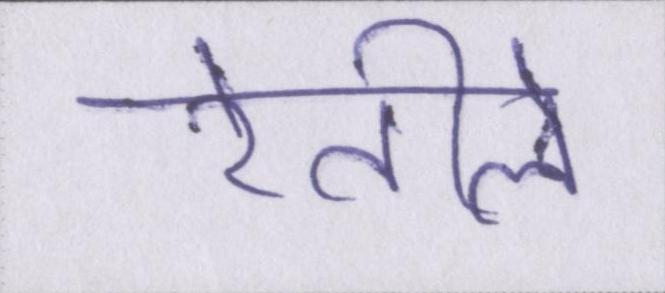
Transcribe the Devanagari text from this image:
रेतीले